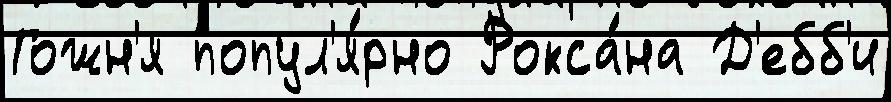
Гожн'я попул'я́рно Рокса́на Д'ебб'и